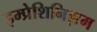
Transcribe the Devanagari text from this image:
इम्प्रेशिनिझम